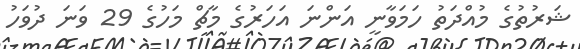
ޝަރުތުގެ މުއްދަތު ހަމަވާނީ އަންނަ އަހަރުގެ މާޗް މަހުގެ 29 ވަނަ ދުވަހު